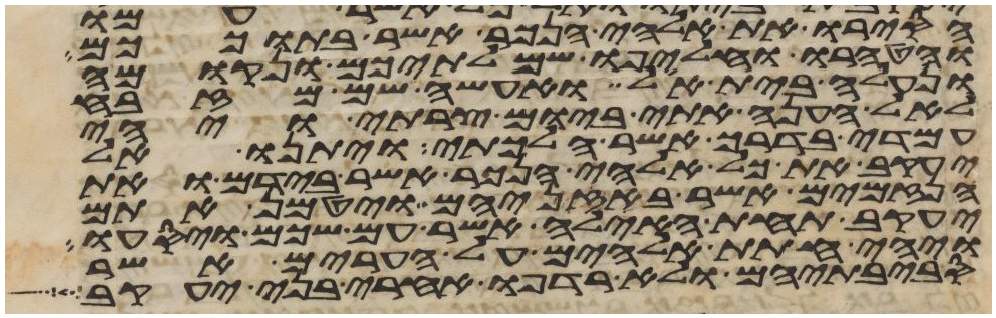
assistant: הסירו את אלהי הנכר אשר בתוככם
והטהרו והחליפו שמלתיכם ונקומה
ונעלה בית אל ואעשה שם מזבח
לאל הענה אתי ביום צרתי ויהי
עמדי בדרך אשר הלכתי ויתנו אל
יעקב את כל אלהי הנכר אשר בידם ואת
הנזמים אשר באזניהם ויטמן אתם
יעקב תחת האילה אשר עם שכם ויסעו
ויהי חתת אלהים על הערים אשר
סביבתיהם ולא רדפו אחרי בני יעקב